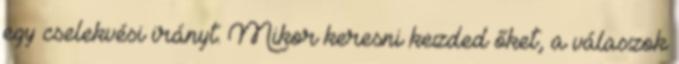
egy cselekvési irányt. Mikor keresni kezded őket, a válaszok